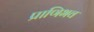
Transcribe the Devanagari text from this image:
प्राणिभव